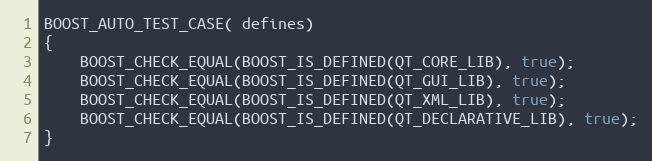
Language: C++
BOOST_AUTO_TEST_CASE( defines)
{
    BOOST_CHECK_EQUAL(BOOST_IS_DEFINED(QT_CORE_LIB), true);
    BOOST_CHECK_EQUAL(BOOST_IS_DEFINED(QT_GUI_LIB), true);
    BOOST_CHECK_EQUAL(BOOST_IS_DEFINED(QT_XML_LIB), true);
    BOOST_CHECK_EQUAL(BOOST_IS_DEFINED(QT_DECLARATIVE_LIB), true);
}